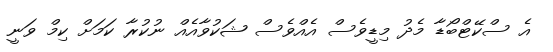
އެ ސްކޭޓްބޯޑާ މެދު މިޑީވެސް އެއްވެސް ޝަކުވާއެއް ނުކުރާ ކަމަށް ކިމް ވަނީ